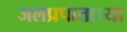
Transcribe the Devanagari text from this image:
जलप्रपाताच्या